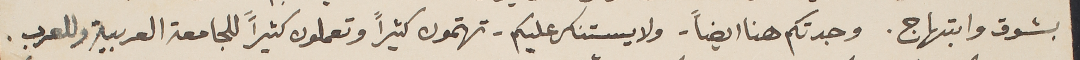
بشوق وابتهاج. وجدتكم هنا ايضاً – ولا يستنكر عليكم – تهتمون كثيراً وتعملون كثيراً للجامعة العربية وللعرب.